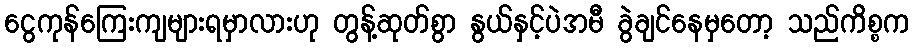
ငွေကုန်ကြေးကျများရမှာလားဟု တွန့်ဆုတ်စွာ နွယ်နှင့်ပဲအမီ ခွဲချင်နေမှတော့ သည်ကိစ္စက